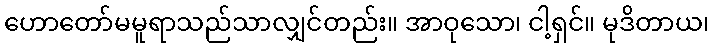
ဟောတော်မမူရာသည်သာလျှင်တည်း။ အာဝုသော၊ ငါ့ရှင်။ မုဒိတာယ၊